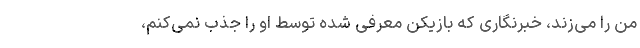
من را می‌زند، خبرنگاری که بازیکن معرفی شده توسط او را جذب نمی‌کنم،